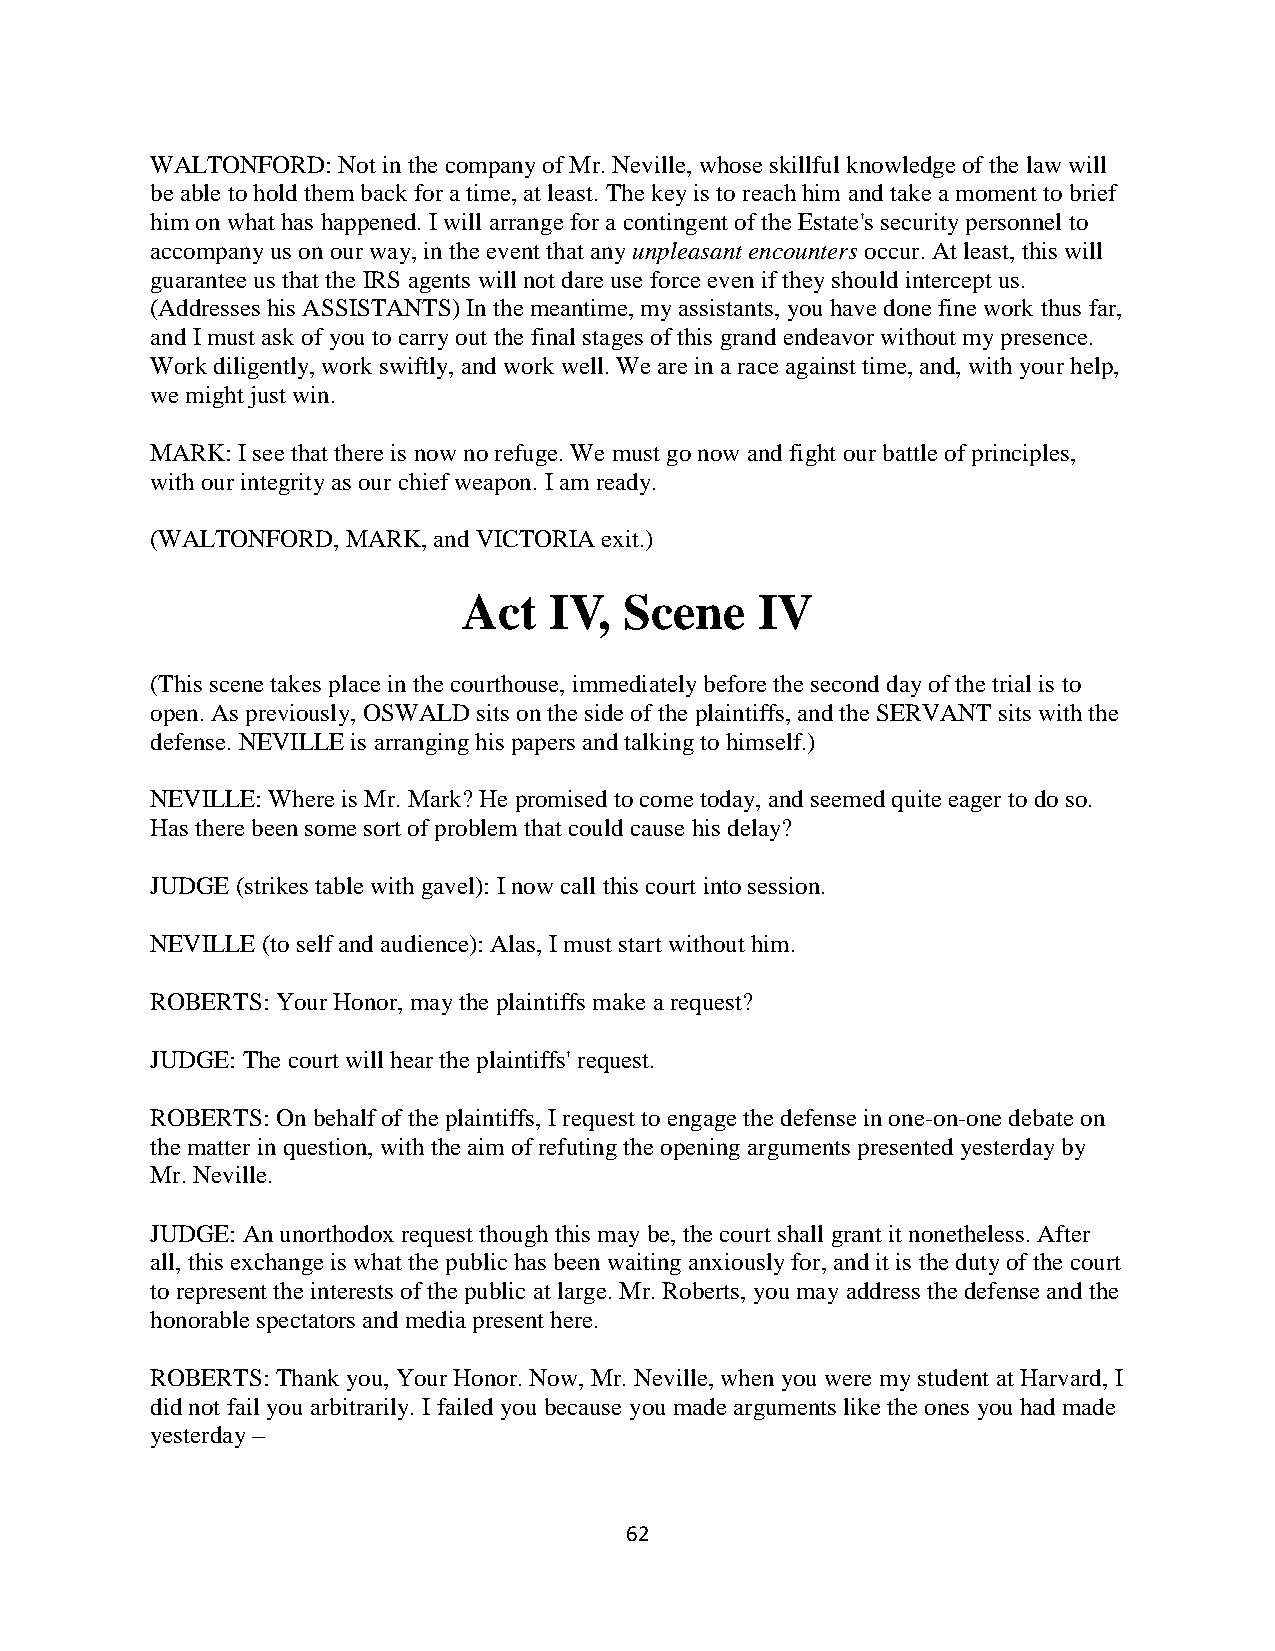
WALTONFORD: Not in the company of Mr. Neville, whose skillful knowledge of the law will
 be able to hold them back for a time, at least. The key is to reach him and take a moment to brief
 him on what has happened. I will arrange for a contingent of the Estate's security personnel to
 accompany us on our way, in the event that any unpleasant encounters occur. At least, this will
 guarantee us that the IRS agents will not dare use force even if they should intercept us.
 (Addresses his ASSISTANTS) In the meantime, my assistants, you have done fine work thus far,
 and I must ask of you to carry out the final stages of this grand endeavor without my presence.
 Work diligently, work swiftly, and work well. We are in a race against time, and, with your help,
 we might just win.
 MARK: I see that there is now no refuge. We must go now and fight our battle of principles,
 with our integrity as our chief weapon. I am ready.
 (WALTONFORD, MARK, and VICTORIA exit.)
 Act  IV,  Scene    IV
 (This scene takes place in the courthouse, immediately before the second day of the trial is to
 open. As previously, OSWALD sits on the side of the plaintiffs, and the SERVANT sits with the
 defense. NEVILLE is arranging his papers and talking to himself.)
 NEVILLE: Where is Mr. Mark? He promised to come today, and seemed quite eager to do so.
 Has there been some sort of problem that could cause his delay?
 JUDGE (strikes table with gavel): I now call this court into session.
 NEVILLE (to self and audience): Alas, I must start without him.
 ROBERTS: Your Honor, may the plaintiffs make a request?
 JUDGE: The court will hear the plaintiffs' request.
 ROBERTS: On behalf of the plaintiffs, I request to engage the defense in one-on-one debate on
 the matter in question, with the aim of refuting the opening arguments presented yesterday by
 Mr. Neville.
 JUDGE: An unorthodox request though this may be, the court shall grant it nonetheless. After
 all, this exchange is what the public has been waiting anxiously for, and it is the duty of the court
 to represent the interests of the public at large. Mr. Roberts, you may address the defense and the
 honorable spectators and media present here.
 ROBERTS: Thank you, Your Honor. Now, Mr. Neville, when you were my student at Harvard, I
 did not fail you arbitrarily. I failed you because you made arguments like the ones you had made
 yesterday –
 62